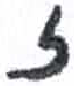
אות: ז